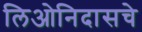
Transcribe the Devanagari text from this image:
लिओनिदासचे